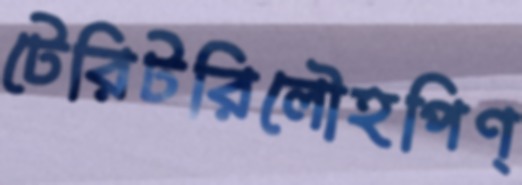
টেরিটরিলৌহপিণ্